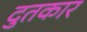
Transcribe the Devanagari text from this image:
दुतकार